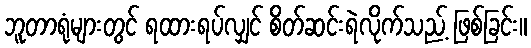
ဘူတာရုံများတွင် ရထားရပ်လျှင် စိတ်ဆင်းရဲလိုက်သည့် ဖြစ်ခြင်း။